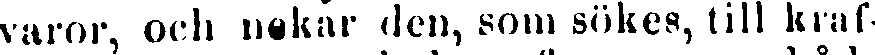
varor, och nekar den, som sökes, till kraf-